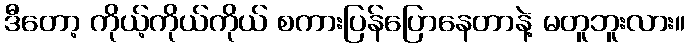
ဒီတော့ ကိုယ့်ကိုယ်ကိုယ် စကားပြန်ပြောနေတာနဲ့ မတူဘူးလား။